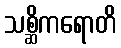
သစ္ဆိကရောတိ